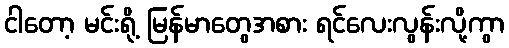
ငါတော့ မင်းရို့ မြန်မာတွေအစား ရင်လေးလွန်းလို့ကွာ